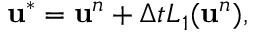
\mathbf { u } ^ { * } = \mathbf { u } ^ { n } + \Delta t L _ { 1 } ( \mathbf { u } ^ { n } ) ,